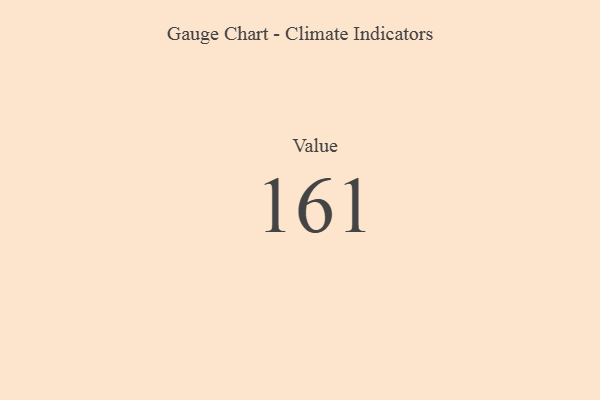
{"axis": {"x": "Metric", "y": "Value"}, "legend": [""], "data": [{"x": "Value", "y": 161, "type": ""}]}